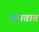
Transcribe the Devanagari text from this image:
गंजतात